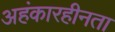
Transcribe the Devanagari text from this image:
अहंकारहीनता